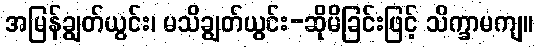
အမြန်ချွတ်ယွင်း၊ မသိချွတ်ယွင်း-ဆိုမိခြင်းဖြင့် သိက္ခာမကျ။